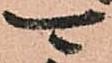
可